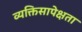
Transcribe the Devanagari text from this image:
व्यक्तिसापेक्षता